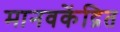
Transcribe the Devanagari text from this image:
मानवकेंद्रित